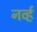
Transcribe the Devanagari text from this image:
नर्व्ह